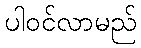
ပါဝင်လာမည်